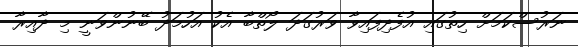
ނަރުސްކަމަށް ހިތުގައި އުފެދިފައިވާ ވަރުގަދަ ލޯތްބާ އެކު އަހުމަދު ބޭނުންވަނީ މި ދާއިރާ